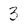
Character: 3